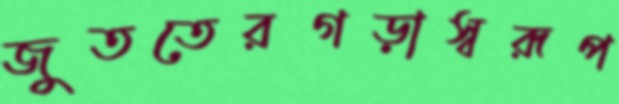
জুততেরগড়াস্বরূপ